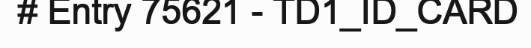
# Entry 75621 - TD1_ID_CARD